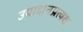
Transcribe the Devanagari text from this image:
उपादानप्रत्यक्ष